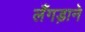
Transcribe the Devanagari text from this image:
लँगड़ाने